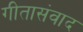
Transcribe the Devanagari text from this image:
गीतासंवाद